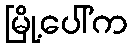
မြို့ပေါ်က